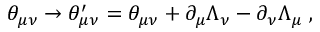
\theta _ { \mu \nu } \rightarrow \theta _ { \mu \nu } ^ { \prime } = \theta _ { \mu \nu } + \partial _ { \mu } \Lambda _ { \nu } - \partial _ { \nu } \Lambda _ { \mu } ~ ,